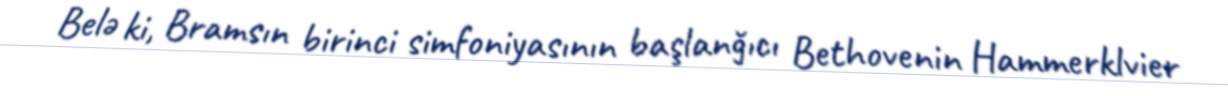
Belə ki, Bramsın birinci simfoniyasının başlanğıcı Bethovenin Hammerklvier